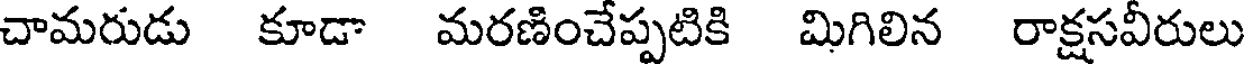
చామరుడు కూడా మరణించేప్పటికి మిగిలిన రాక్షసవీరులు